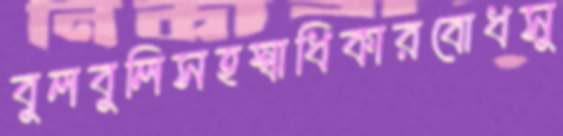
বুলবুলিসহস্বাধিকারবোধসু